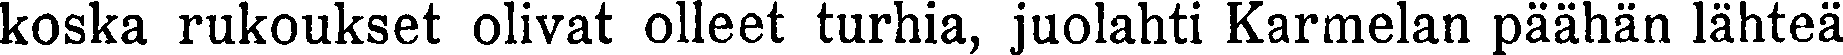
koska rukoukset olivat olleet turhia, juolahti Karmelan päähän lähteä